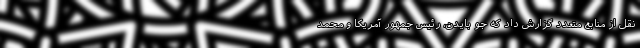
نقل از منابع متعدد گزارش داد که جو بایدن، رئیس جمهور آمریکا و محمد